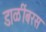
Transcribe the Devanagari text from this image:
डाळींबरस